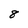
Character: 8